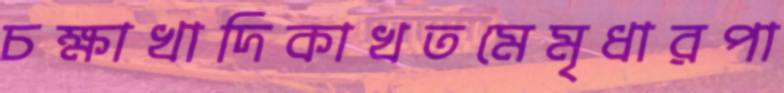
চক্ষাখাদিকাখতমেমৃধারপা